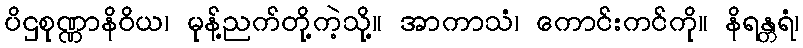
ပိဌစုဏ္ဏာနိဝိယ၊ မုန့်ညက်တို့ကဲ့သို့။ အာကာသံ၊ ကောင်းကင်ကို။ နိရန္တရံ၊